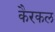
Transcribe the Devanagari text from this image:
कैरकल